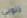
ذنوبي